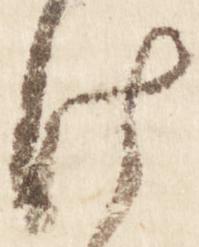
け